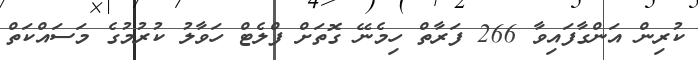
ކުރިން އަންގާފައިވާ 266 ފަރާތް ހިމެނޭ ގޮތަށް ފްލެޓް ހަވާލު ކުރުމުގެ މަސައްކަތް